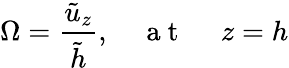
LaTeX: \Omega=\frac{\tilde{u}_{z}}{\tilde{h}},\quad\mathrm{~a~t~\ }\quad z=h